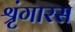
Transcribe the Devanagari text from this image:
श्रृंगारस